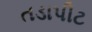
તડાપીટ